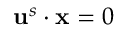
\mathbf { u } ^ { s } \cdot \mathbf { x } = 0